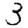
Digit: 3